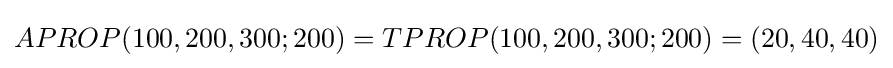
APROP(100,200,300;200)=TPROP(100,200,300;200)=(20,40,40)